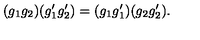
( g _ { 1 } g _ { 2 } ) ( g _ { 1 } ^ { \prime } g _ { 2 } ^ { \prime } ) = ( g _ { 1 } g _ { 1 } ^ { \prime } ) ( g _ { 2 } g _ { 2 } ^ { \prime } ) .